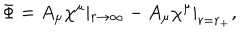
\Phi = A _ { \mu } \chi ^ { \mu } \left| _ { r \rightarrow \infty } - A _ { \mu } \chi ^ { \mu } \right| _ { r = r _ { + } } ,